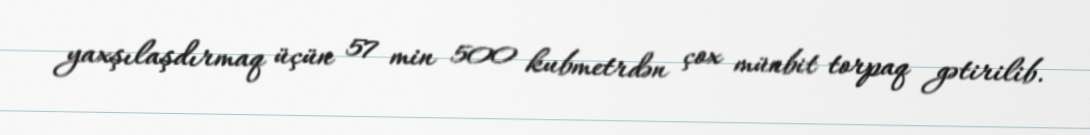
yaxşılaşdırmaq üçün 57 min 500 kubmetrdən çox münbit torpaq gətirilib.